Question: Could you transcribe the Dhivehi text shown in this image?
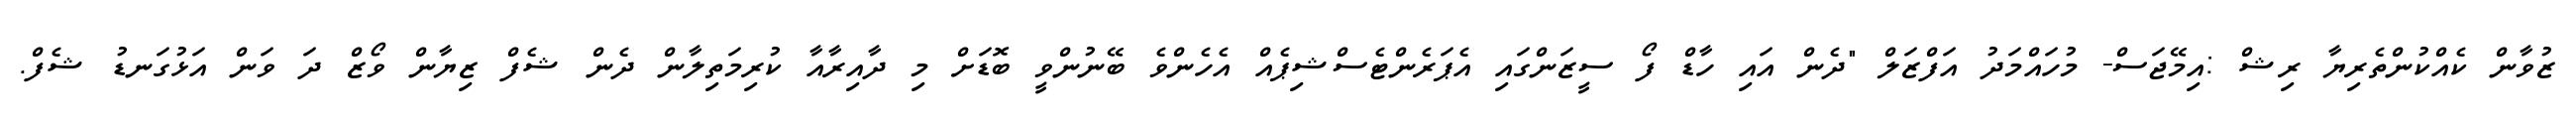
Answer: ޒުވާން ކެއްކުންތެރިޔާ ރިޝް :އިމޭޖަސް- މުހައްމަދު އަފްޒަލް "ދެން އައި ހާޑް ފޯ ސީޒަންގައި އެޕަރެންޓެސްޝިޕެއް އެހެންވެ ބޭނުންވީ ބޮޑަށް މި ދާއިރާއާ ކުރިމަތިލާން ދެން ޝެފް ޒިޔާން ވޯޒް ދަ ވަން އަޅުގަނޑު ޝެފް.